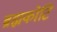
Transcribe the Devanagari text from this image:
ब्रह्मकोटि